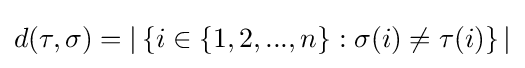
d(\tau ,\sigma )=|\left\{i\in \{1,2,...,n\}:\sigma (i)\neq \tau (i)\right\}|